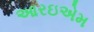
આરઇએમ